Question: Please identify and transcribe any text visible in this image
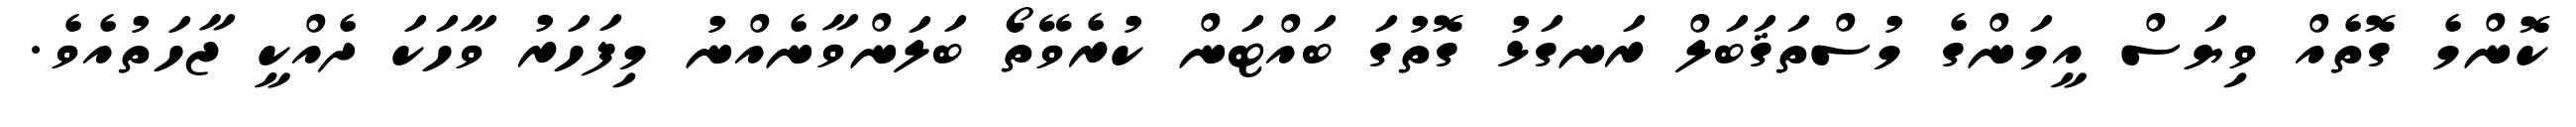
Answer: ކޮންމެ ގޮތެއް ވިޔަސް އީމަންގެ މުސްތަޤަބަލް ރަނގަޅު ގޮތުގަ ބައްޓަން ކުރެވޭތޯ ބަލަންވާނެއްނު މިފަހަރު ވާހަކަ ދެއްކީ ޖާހަތުއެވެ.